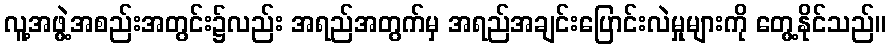
လူ့အဖွဲ့အစည်းအတွင်း၌လည်း အရည်အတွက်မှ အရည်အချင်းပြောင်းလဲမှုများကို တွေ့နိုင်သည်။